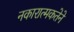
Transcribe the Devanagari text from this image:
नकारात्मकतेने